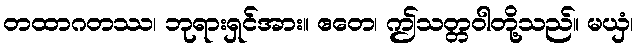
တထာဂတဿ၊ ဘုရားရှင်အား။ ဧတေ၊ ဤသတ္တဝါတို့သည်။ မယှံ၊